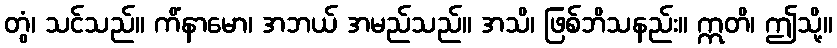
တွံ၊ သင်သည်။ ကိံနာမော၊ အဘယ် အမည်သည်။ အသိ၊ ဖြစ်ဘိသနည်း။ ဣတိ၊ ဤသို့။